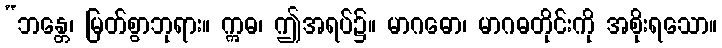
“ဘန္တေ၊ မြတ်စွာဘုရား။ ဣဓ၊ ဤအရပ်၌။ မာဂဓော၊ မာဂဓတိုင်းကို အစိုးရသော။